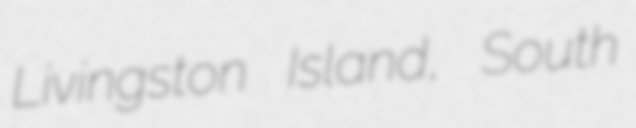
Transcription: Livingston Island, South